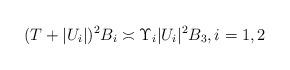
LaTeX: \begin{align*}(T + |U_i|)^2 B_i \asymp \Upsilon_i |U_i|^2 B_3, i = 1, 2 \end{align*}